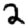
Digit: 2